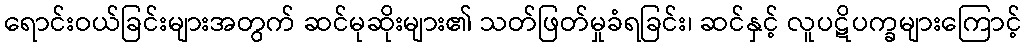
ရောင်းဝယ်ခြင်းများအတွက် ဆင်မုဆိုးများ၏ သတ်ဖြတ်မှုခံရခြင်း၊ ဆင်နှင့် လူပဋိပက္ခများကြောင့်